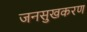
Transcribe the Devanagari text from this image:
जनसुखकरण